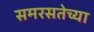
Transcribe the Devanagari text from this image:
समरसतेच्या